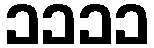
၁၁၁၁